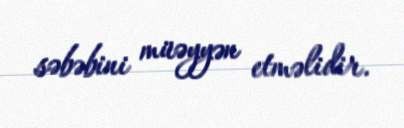
səbəbini müəyyən etməlidir.